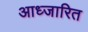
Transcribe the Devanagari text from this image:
आध्जारित